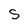
Character: S